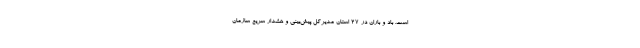
است. باد و باران در ۲۷ استان مدیرکل پیش‌بینی و هشدار سریع سازمان